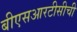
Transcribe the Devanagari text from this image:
बीएसआरटीसीची